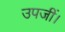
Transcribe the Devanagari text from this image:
उपजीं।